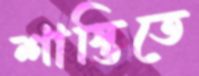
শাস্তিতে